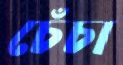
চেঁচা